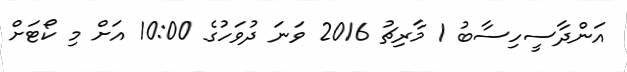
އަންދާސީހިސާބު 1 މާރިޗު 2016 ވަނަ ދުވަހުގެ 10:00 އަށް މި ކޯޓަށް